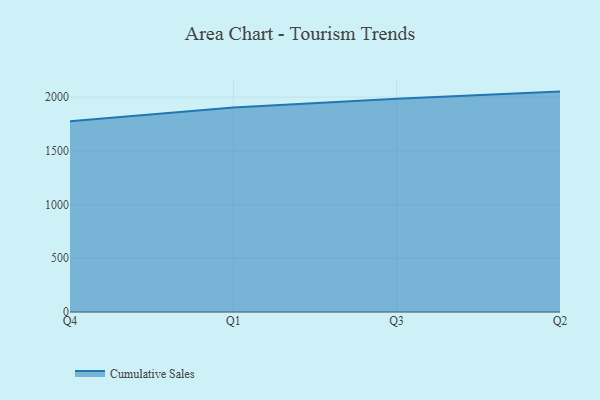
{"axis": {"x": "Quarter", "y": "Conversion Rate (%)"}, "legend": ["Cumulative Sales"], "data": [{"x": "Q4", "y": 1774.9, "type": "Cumulative Sales"}, {"x": "Q1", "y": 1903.3, "type": "Cumulative Sales"}, {"x": "Q3", "y": 1985.5, "type": "Cumulative Sales"}, {"x": "Q2", "y": 2051.6, "type": "Cumulative Sales"}]}